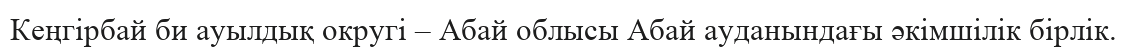
Кеңгірбай би ауылдық округі – Абай облысы Абай ауданындағы әкімшілік бірлік.